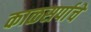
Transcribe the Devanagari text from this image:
काळसर्पाचे